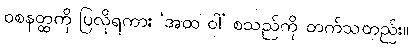
ဝစနတ္ထကို ပြလိုရကား ‘အထ ဝါ’ စသည်ကို တက်သတည်း။